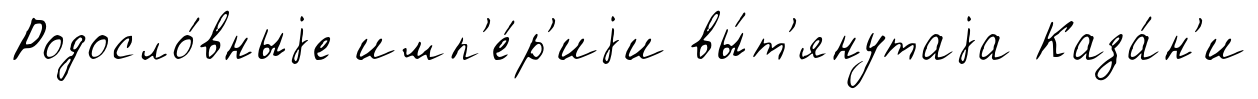
Родосло́вныjе имп'е́р'иjи вы́т'янутаjа Каза́н'и